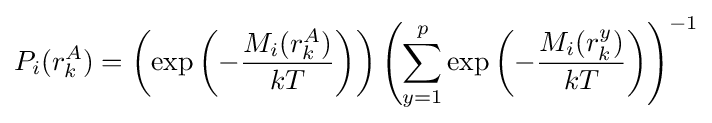
P_{i}(r_{k}^{A})=\left(\exp \left(-{\frac {M_{i}(r_{k}^{A})}{kT}}\right)\right)\left(\sum _{y=1}^{p}\exp \left(-{\frac {M_{i}(r_{k}^{y})}{kT}}\right)\right)^{-1}